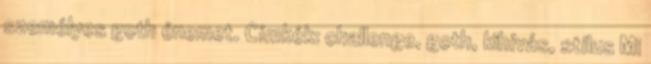
személyes goth énemet. Címkék: challenge, goth, kihívás, stílus Mi